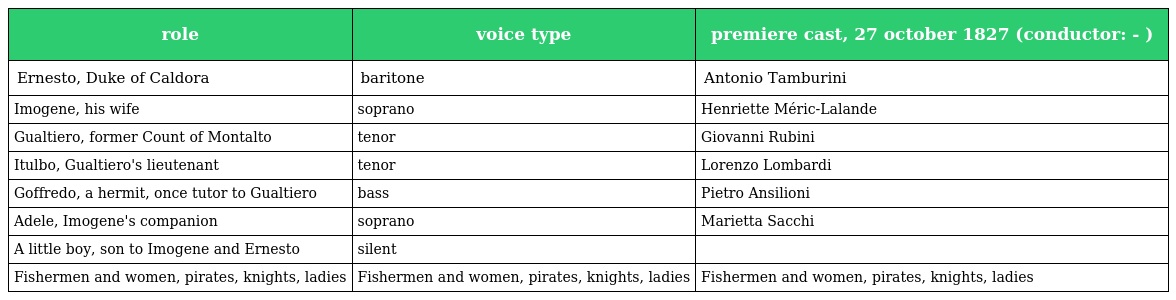
| role | voice type | premiere cast, 27 october 1827 (conductor: - ) |
 | --- | --- | --- |
 | Ernesto, Duke of Caldora | baritone | Antonio Tamburini |
 | Imogene, his wife | soprano | Henriette Méric-Lalande |
 | Gualtiero, former Count of Montalto | tenor | Giovanni Rubini |
 | Itulbo, Gualtiero's lieutenant | tenor | Lorenzo Lombardi |
 | Goffredo, a hermit, once tutor to Gualtiero | bass | Pietro Ansilioni |
 | Adele, Imogene's companion | soprano | Marietta Sacchi |
 | A little boy, son to Imogene and Ernesto | silent |  |
 | Fishermen and women, pirates, knights, ladies | Fishermen and women, pirates, knights, ladies | Fishermen and women, pirates, knights, ladies |